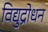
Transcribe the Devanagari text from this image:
विद्युद्रोधन